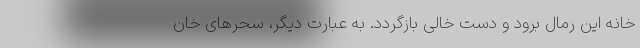
خانه این رمال برود و دست خالی بازگردد. به عبارت دیگر، سحرهای‌ خان